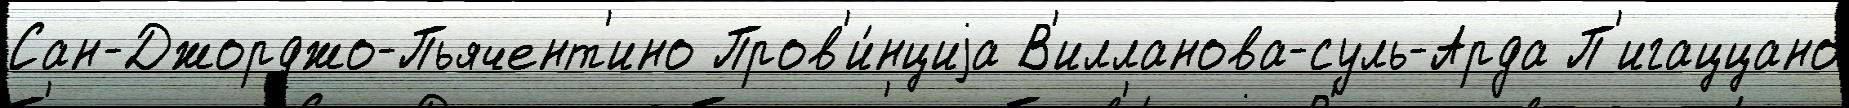
Сан-Джорджо-Пьячент'ино Пров'и́нциjа В'илланова-суль-Арда П'игаццано